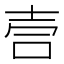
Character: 𫯁